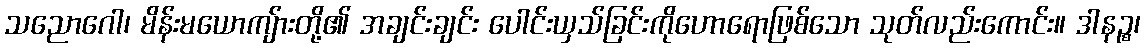
သညောဂေါ၊ မိန်းမယောကျ်ားတို့၏ အချင်းချင်း ပေါင်းယှသ်ခြင်းကိုဟောရောဖြစ်သော သုတ်လည်းကောင်း။ ဒါနဉ္စ၊